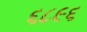
૬૮૯૬